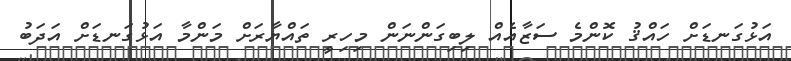
އަޅުގަނޑަށް ހައްޤު ކޮންމެ ސަޒާއެއް ލިބިގަންނަން މިހިރީ ތައްޔާރަށް މަންމާ އަޅުގަނޑަށް އަދަބު